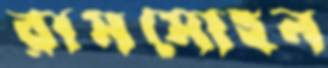
রামমোহন